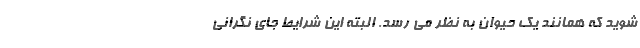
شوید که همانند یک حیوان به نظر می رسد. البته این شرایط جای نگرانی